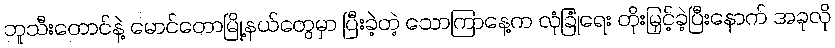
ဘူသီးတောင်နဲ့ မောင်တောမြို့နယ်တွေမှာ ပြီးခဲ့တဲ့ သောကြာနေ့က လုံခြုံရေး တိုးမြှင့်ခဲ့ပြီးနောက် အခုလို